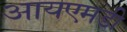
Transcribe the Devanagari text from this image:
आयएमडी